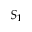
S _ { 1 }